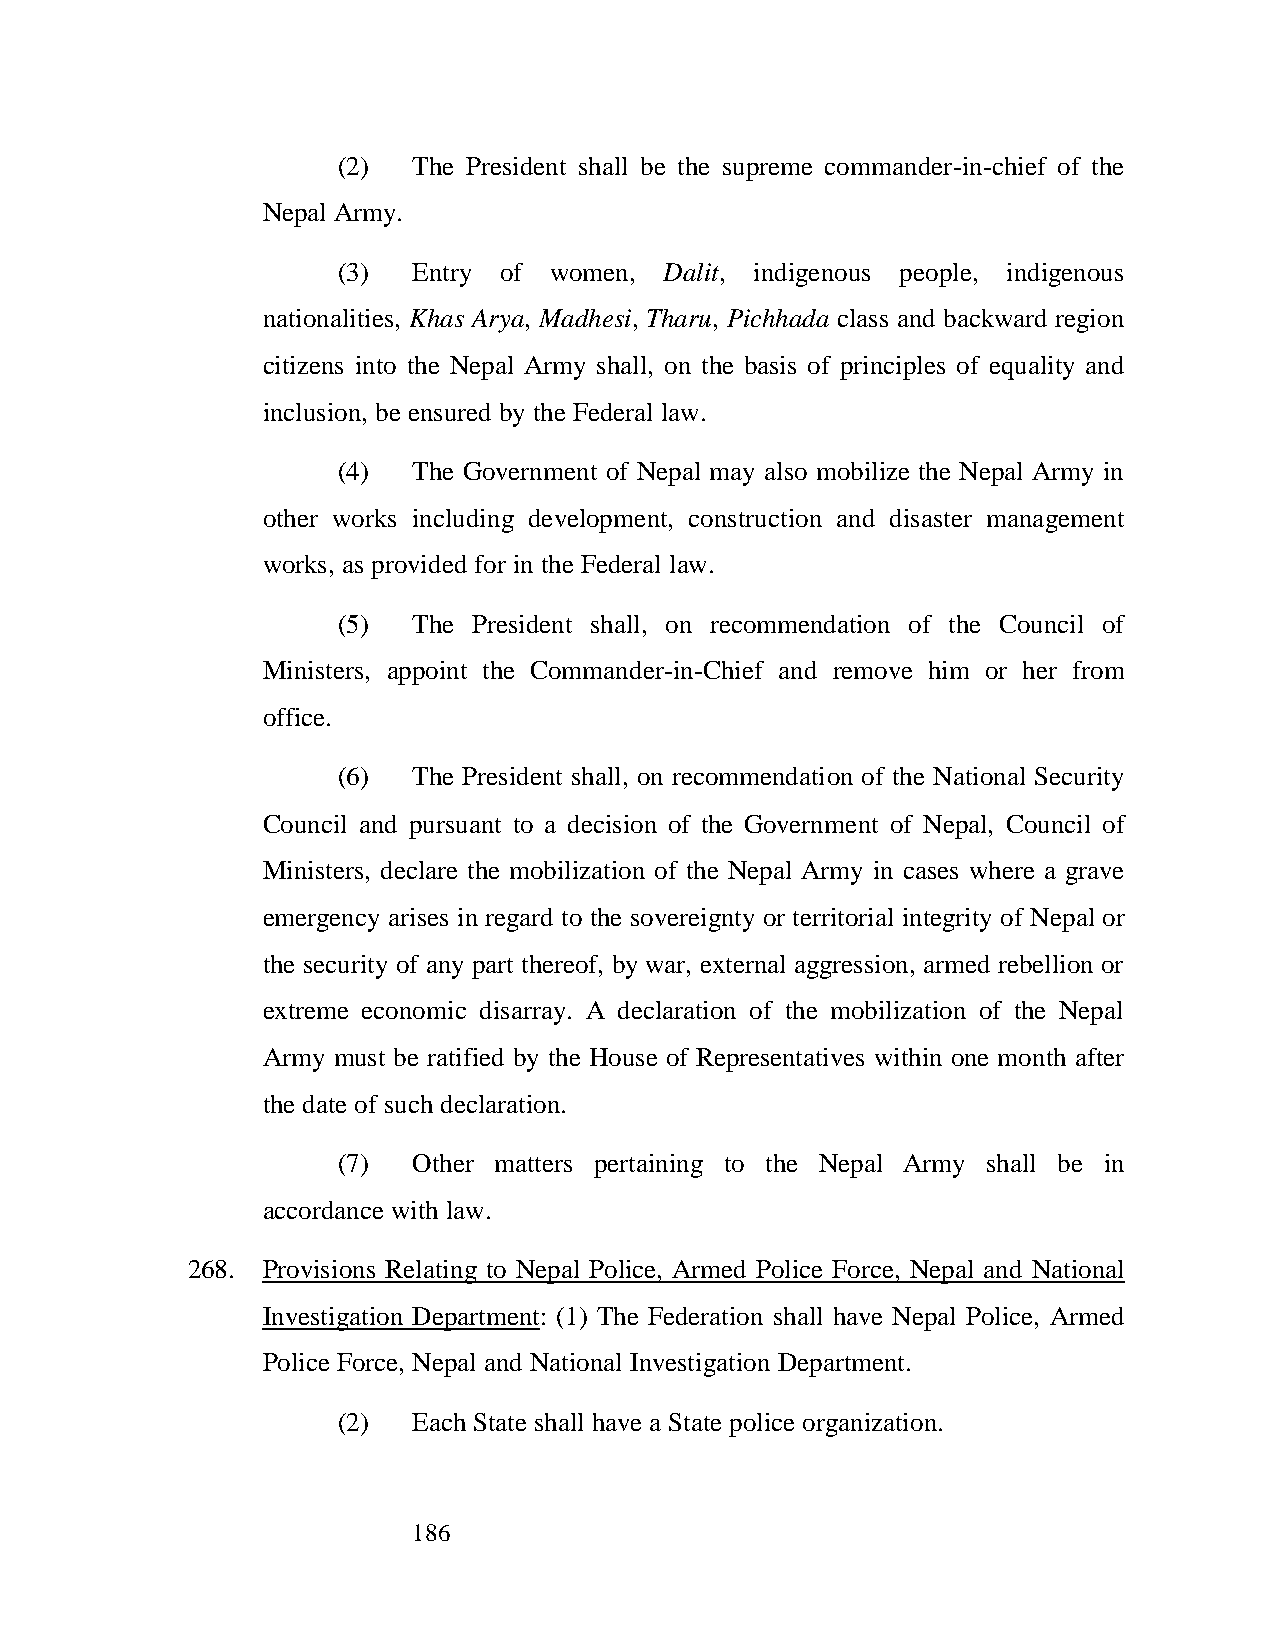
(2)  The President shall be the supreme commander-in-chief of the
 Nepal Army.
 (3)  Entry of women,  Dalit, indigenous people, indigenous
 nationalities, Khas Arya, Madhesi, Tharu, Pichhada class and backward region
 citizens into the Nepal Army shall, on the basis of principles of equality and
 inclusion, be ensured by the Federal law.
 (4)  The Government of Nepal may also mobilize the Nepal Army in
 other works including development, construction and disaster management
 works, as provided for in the Federal law.
 (5)  The President shall, on recommendation of the Council of
 Ministers, appoint the Commander-in-Chief and remove him or her from
 office.
 (6)  The President shall, on recommendation of the National Security
 Council and pursuant to a decision of the Government of Nepal, Council of
 Ministers, declare the mobilization of the Nepal Army in cases where a grave
 emergency arises in regard to the sovereignty or territorial integrity of Nepal or
 the security of any part thereof, by war, external aggression, armed rebellion or
 extreme economic disarray. A declaration of the mobilization of the Nepal
 Army must be ratified by the House of Representatives within one month after
 the date of such declaration.
 (7)  Other matters pertaining to the Nepal Army shall be in
 accordance with law.
 268. Provisions Relating to Nepal Police, Armed Police Force, Nepal and National
 Investigation Department: (1) The Federation shall have Nepal Police, Armed
 Police Force, Nepal and National Investigation Department.
 (2)  Each State shall have a State police organization.
 186